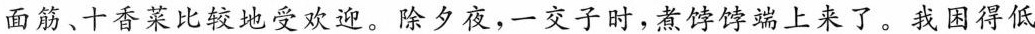
面筋、十香菜比较地受欢迎。除夕夜，一交子时，煮饽饽端上来了。我困得低